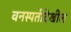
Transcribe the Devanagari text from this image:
वनस्पतीदेखील